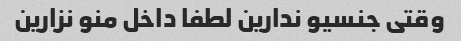
وقتی جنسیو ندارین لطفا داخل منو نزارین